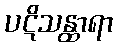
ပဋိသန္ထာရာ